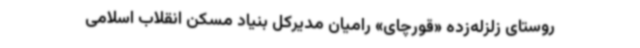
روستای زلزله‌زده «قورچای» رامیان مدیرکل بنیاد مسکن انقلاب اسلامی